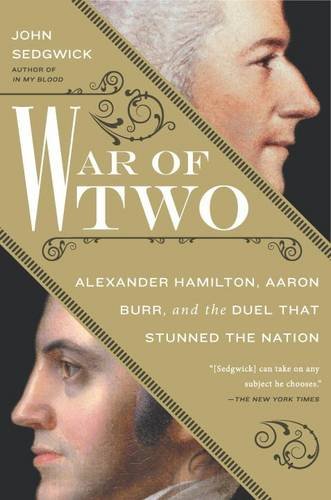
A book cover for War of Two: Alexander Hamilton, Aaron Burr, and the Duel that Stunned the Nation; John Sedgwick; Biographies & Memoirs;